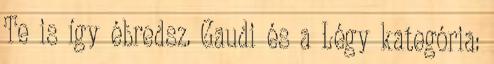
Te is így ébredsz. Gaudi és a Légy kategória: